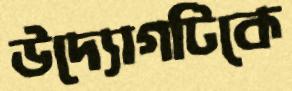
উদ্যোগটিকে